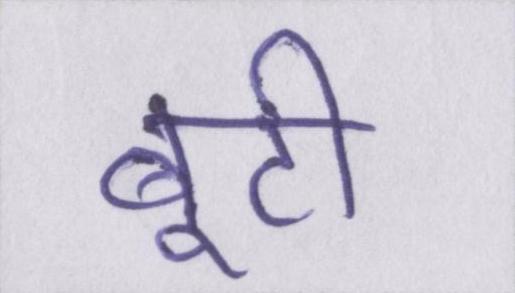
बूटी